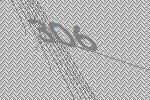
306